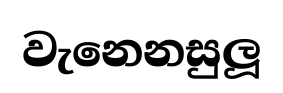
වැනෙනසුලූ